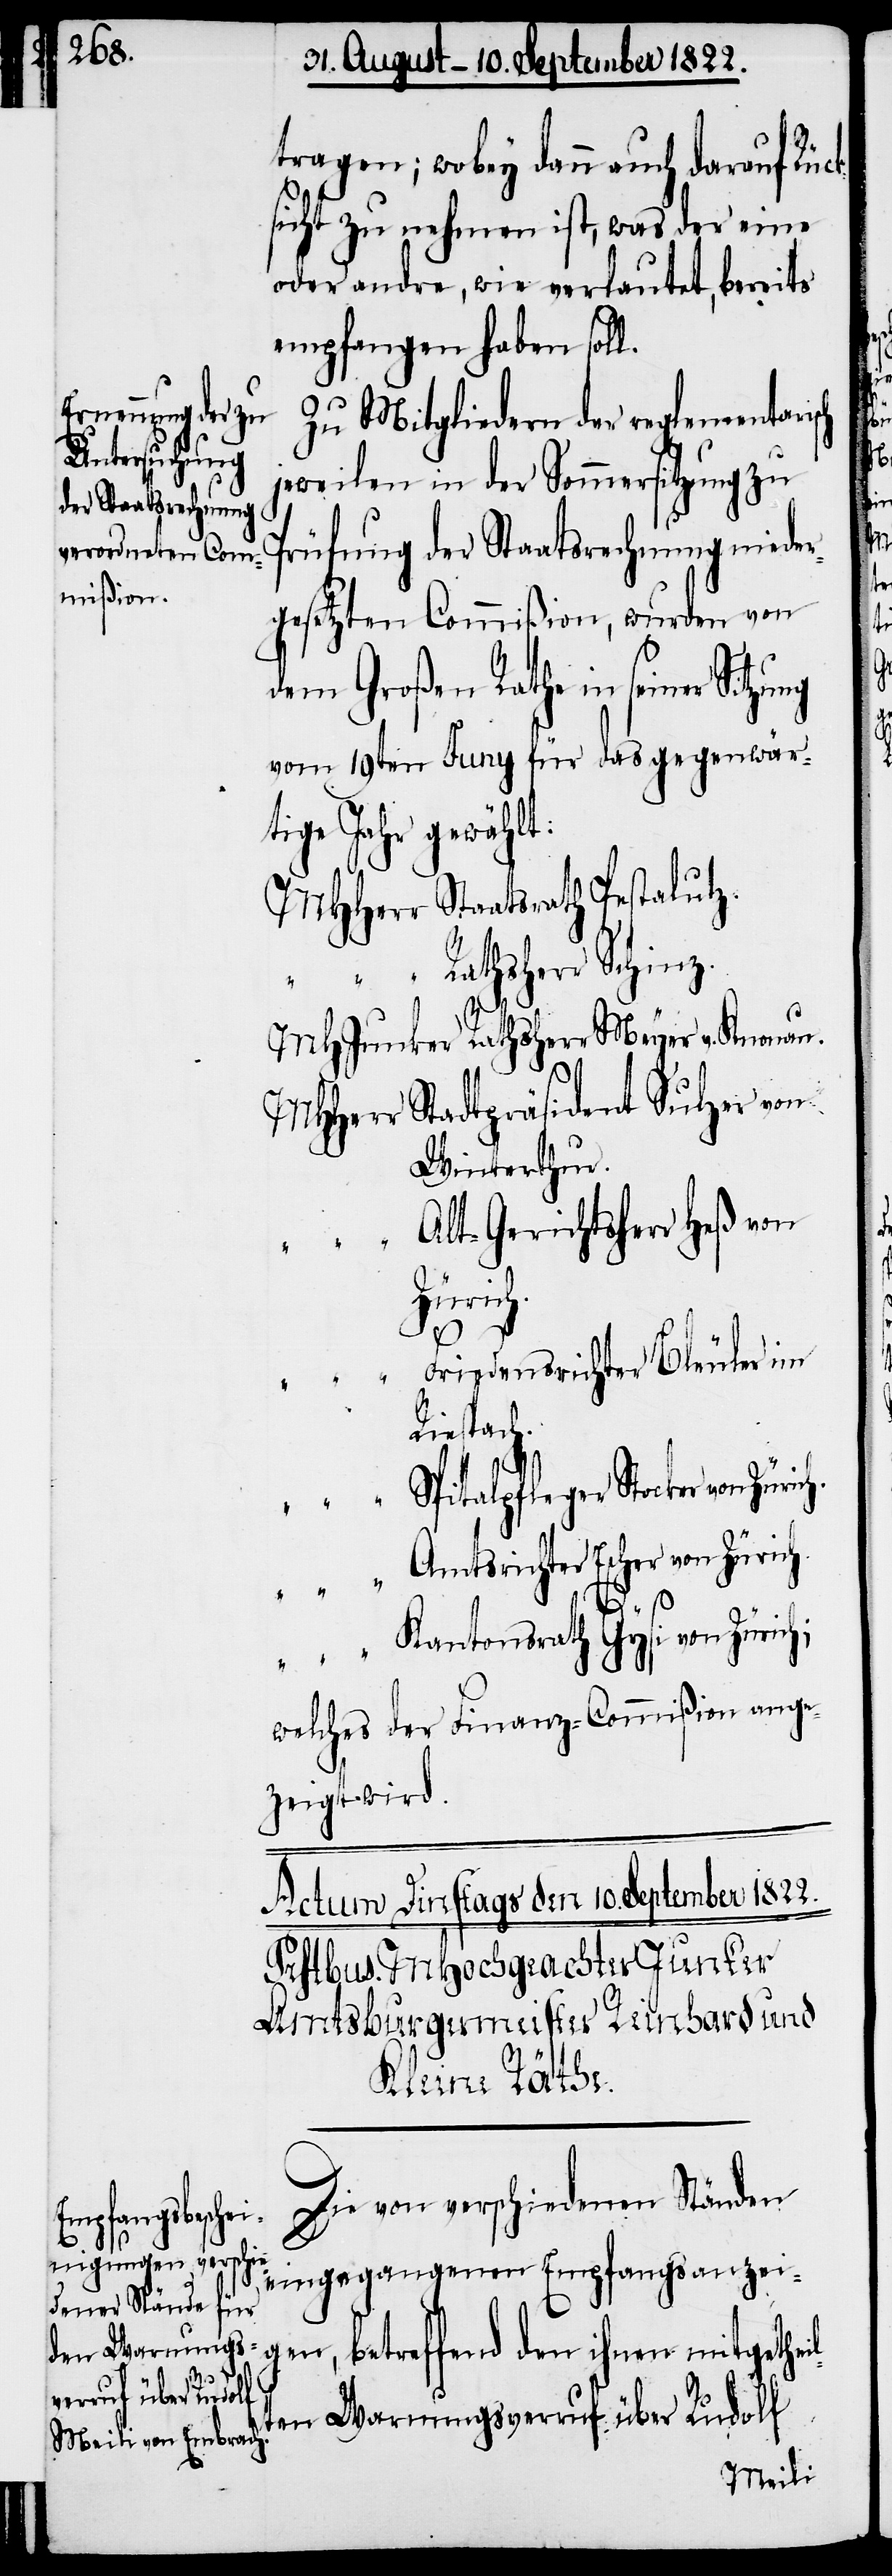
tragen; wobey dann auch darauf Rüc¬
sicht zu nehmen ist, was der eine
oder andre, wie verlautet, bereits
empfangen haben soll.
Zu Mitgliedern der reglementari¬
jeweilen in der Sommersitzung zu
Prüfung der Staatsrechnung niede¬
rgesetzten Commißion, wurden von
dem Großen Rathe in seiner Sitzu¬
vom 19ten Juny für das gegenwär¬
tige Jahr gewählt:
MHHerr Staatsrath Pestalutz.
l¬
MHJunker Rathsherr Meyer v. Knonau.
MHHerr 	Stadtpräsident Sulzer von
Wintethur.
lt-Gerichtsherr Heß von
„			A¬
Zürich;
riedensrichter Bleuler im
Riespach.
sch
welches der Finanz-Commißion ange¬
zeigt wird.
Die von verschiedenen Ständen
eingegangenen Empfangsanzei¬
gen, betreffend den ihnen mitgethei¬
„			F¬
ten Warnungsaufruf über Rudolf